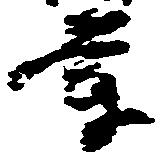
業